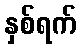
နှစ်ရက်